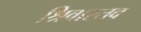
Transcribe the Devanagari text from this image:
श्रिवास्तव